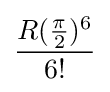
{\frac {R({\frac {\pi }{2}})^{6}}{6!}}